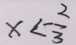
x < - \frac { 2 } { 3 }